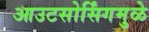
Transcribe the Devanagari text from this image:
आउटसोर्सिंगमुळे